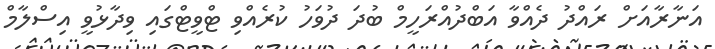
އަނާރާއަށް ރައްދު ދެއްވާ އަބްދުއްރަހީމް ބުދަ ދުވަހު ކުރެއްވި ޓްވީޓްގައި ވިދާޅުވީ އިސްލާމް